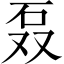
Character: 𰦫